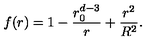
f ( r ) = 1 - \frac { r _ { 0 } ^ { d - 3 } } { r } + \frac { r ^ { 2 } } { R ^ { 2 } } .